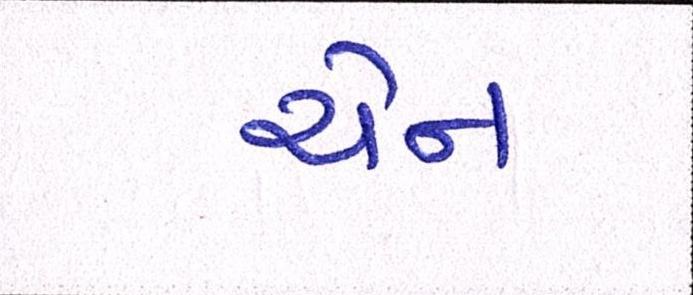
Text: ચેન